Annual report on the working of the mental hospitals in the Madras Presidency - 1912-1932
Year: 1912
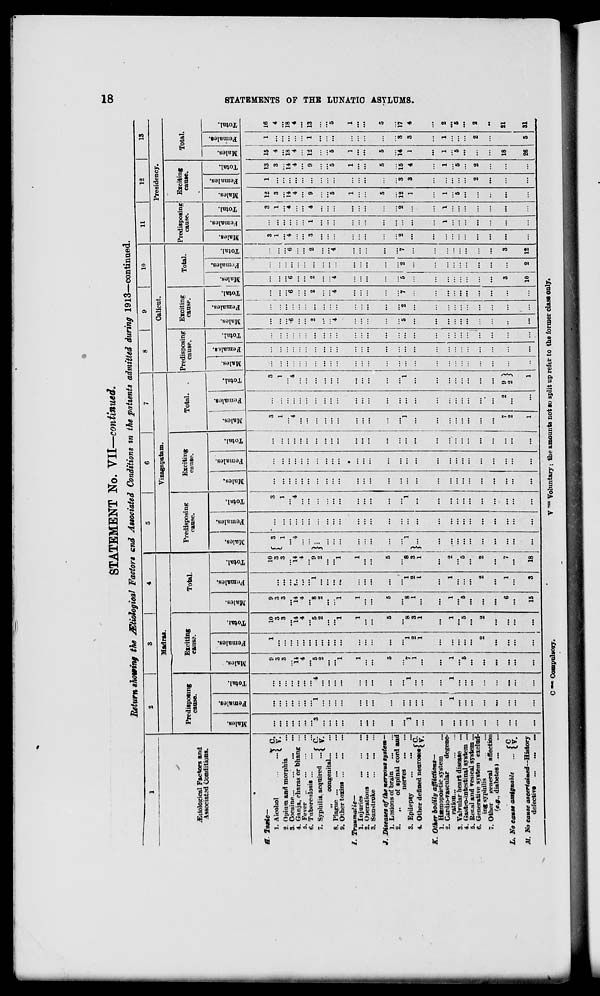
STATEMENT No. VH—continued.
Return showing the jSStiological Factors and Associated Conditions m the patients admitted during 1913—continaed.
00
1
2
3
1
4
5
6
7
8
9
10
11
12
13
Madras.
Vizagnpatam.
Calicut.
Presidency.
Predisposing
cause.
Exciting
cause.
Total
Predisposing
cause.
Exciting
cause.
Total. .
Predisposing
cause.
Exciting
cause.
Total. Predisposing
cause.
' 1 Exciting
cause.
Total.
jEiiolosical Factors and
Associated Conditions.
-
9
5
£
i
©
o
"5
6
"5
£
fa
|
o
EH
1 3
i
EH
2
"3
g
fa
I
i
o
H
QJ
1
£
fa
■$
0
EH
Males.
Females.
1
•a
0
"3
3
£ s
PH
c3
4=
O
EH
m
£3
3
£
fa
Total.
Males.
■A
3
g
fa
0
EH
0
•3
"3
£
• i
EH
3
m
1
fa
3 0
E-
s.
3
m
3
£
fa i 0
H
00
H
>
B. Toxic—
i
I
1
I
j
|
1
j
1
i-3
1. Alcohol
\ y'
2. Opium and morphia
...
9
3
3
1
10
3
3
9
3
3
...
10
3
3 i\
...
3
1
...
...
3
1
...
3
1
...
...
i ... ...
3
1
3
1
12
3
1 13
3
15
4
1 16
4
3 Cocaine
...
...
...
...
...
...
...
...
... ... ... ... ... ... ... ... ... ...
4. Ganja, charas or bhang ... ...
It
14
14
!..
14
4
...
"4
4
i *
•6
6
6 ...
6
4 ...
4 14 ... 14 18 ... 18
O
5. Fever
4
4
4
4
...
...
...
...
...
4 ...
4
4 ...
4
►=)
6. Tuberculosis
...
... ...
... ...
... ... ... ...
... ...
7. Syphilis, acquired ...f y'
3
1
4
5
2
...
5
2
8
2
1
9
2 b
...
...
...
...
...
2 ...
2
2 ...
2
3
1
4
9 ...
9 12
1 13
w
,,
congenital
...
...
...
...
...
...
...
...
...
...
... ... ... ... ... ... ... ... ... ... ... ...
... ...
H
8. Plague
...
...
...
...
... ... ... ... ... ...
... ...
...
9. Other toxins
...
...
...
1
...
1
" 1
...
1
...
...
...
...
...
...
...
...
...
...
4 ...
4
4
4
...
5
5
5 ...
5
/. Traumatic—
•
1. Injuries
1
1
1
1
...
...
...
...
1
1
1 ...
1
2. Operations
...
...
... ...
... ...
... ... ... ...
HH
3. Sunstroke
...
...
...
...
...
...
...
...
...
...
...
...
...
...
...
...
...
...
... ... ...
... ... ... ...
... ... ...
... ... ... ... ...
Q
J. Diseases of the nervous system—
►
CQ
1. Lasions of brain
5
5
5
5
...
...
... ... ... ...
5
5
5 ...
5
2.
.,
of s pi nil cord and
tr"
nerves
a
3. Epilepsy
1
...
1
7
1
8
8
1
"*8
l
1
...
...
1
...
1 ... ... ...
5
2 "7
5
2
7
2
2 12 "S 15 14
3 17
g
4. Other defined neuroses f y
...
...
1
2
1
3
1
1
2
I
3
1 }... ... ... ... ... ... ... ... ...
... ... ... ...
... ... ... ...
1
3
4
1
3
4
03
K. Other bodily afflictions—
1. Hamopoietie system
...
...
•••
...
...
...
...
...
... ... ...
2. Cardio-vascular
degene-
ration...
1
1
1
1
1
1
2
...
...
...
...
...
1
1
1
1
1
1
2
3. Valvular heart disease
...
...
...
4. Gastro-intestinal system ...
...
5
5
5
5
... ... "5
6 "5
5
5. Rer.al and vesical system ...
...
...
... ...
...
...
6. Generative system exclud-
ing syphilis
2
2
2
2
...
...
... ...
2
2 ...
2
2
7. Other general affection
{e.g., diabetes»
...
...
...
...
...
...
...
...
...
...
...
...
...
...
...
...
...
... ... ...
... ... ... ... ... ...
... ... ... ... ... ...
••
L. No cause assignable
... |y
...
...
...
...
...
...
6
1
7
...
...
...
...
...
—
7
2
2
?}
3
3
...
18
21
M. Ho cause ascertained—History
defective
...
...
... [ ...
i
...
15
3
18 1
1
...
...
...
...
...
...
1
...
1
...
...
10
2 12 ... ...
... ... 26
5 31
C •* Compulsory.
V "~ Voluntary; the amounts not «o split up refer to the former class only.